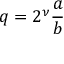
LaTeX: q = 2 ^ { \nu } { \frac { a } { b } }